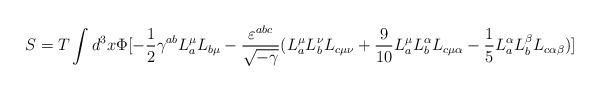
LaTeX: \begin{align*}S =T \int d^{3}x \Phi [ -\frac{1}{2}\gamma^{ab}L^{\mu}_{a} L_{b \mu}- \frac{\varepsilon^{abc}}{\sqrt{-\gamma}}(L^{\mu}_{a}L^{\nu}_{b}L_{c \mu \nu} + \frac{9}{10}L^{\mu}_{a}L^{\alpha}_{b}L_{c \mu \alpha} - \frac{1}{5}L^{\alpha}_{a}L^{\beta}_{b}L_{c \alpha \beta} )]\end{align*}